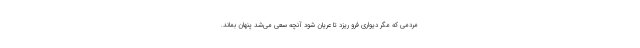
مردمي كه مگر ديواري فرو ريزد تا عريان شود آنچه سعي مي‌شد پنهان بماند.